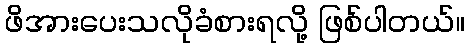
ဖိအားပေးသလိုခံစားရလို့ ဖြစ်ပါတယ်။